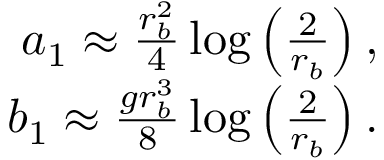
\begin{array} { r } { a _ { 1 } \approx \frac { r _ { b } ^ { 2 } } { 4 } \log \left( \frac { 2 } { r _ { b } } \right) , } \\ { b _ { 1 } \approx \frac { g r _ { b } ^ { 3 } } { 8 } \log \left( \frac { 2 } { r _ { b } } \right) . } \end{array}